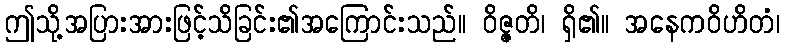
ဤသို့အပြားအားဖြင့်သိခြင်း၏အကြောင်းသည်။ ဝိဇ္ဇတိ၊ ရှိ၏။ အနေကဝိဟိတံ၊